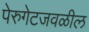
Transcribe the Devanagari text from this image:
पेरुगेटजवळील